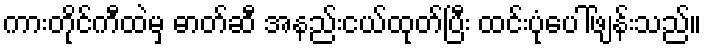
ကားတိုင်ကီထဲမှ ဓာတ်ဆီ အနည်းငယ်ထုတ်ပြီး ထင်းပုံပေါ်ဖျန်းသည်။